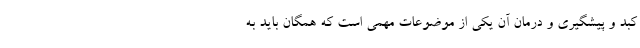
کبد و پیشگیری و درمان آن یکی از موضوعات مهمی است که همگان باید به